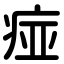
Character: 痖